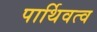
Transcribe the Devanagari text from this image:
पार्थिवत्व